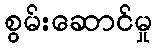
စွမ်းဆောင်မှု